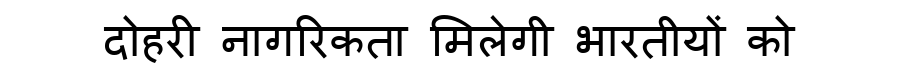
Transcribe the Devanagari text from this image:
दोहरी नागरिकता मिलेगी भारतीयों को